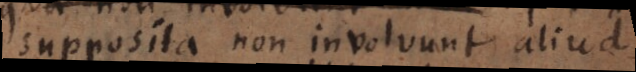
supposita non involvunt aliud